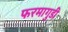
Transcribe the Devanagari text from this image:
फरमागुडी